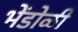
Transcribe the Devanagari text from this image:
भेंडोळी